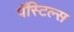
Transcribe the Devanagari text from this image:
पॅस्टिल्स